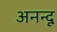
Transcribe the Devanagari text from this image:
अनन्‍दू